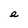
Character: e